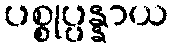
ပစ္စုပ္ပန္နာယ